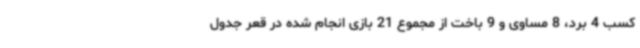
کسب 4 برد، 8 مساوی و 9 باخت از مجموع 21 بازی انجام شده در قعر جدول